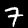
Label: 7